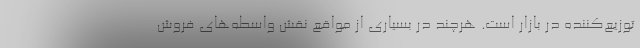
توزیع‌کننده در بازار است. هرچند در بسیاری از مواقع نقش واسطه‌های فروش